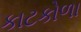
કાટકોળા